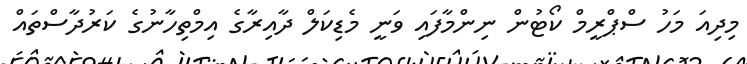
މިދިއަ މަހު ސްޕްރީމް ކޯޓުން ނިންމާފައި ވަނީ މެޑިކަލް ދާއިރާގެ އިމްތިހާނުގެ ކަރުދާސްތައް